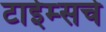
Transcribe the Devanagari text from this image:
टाईम्सचे